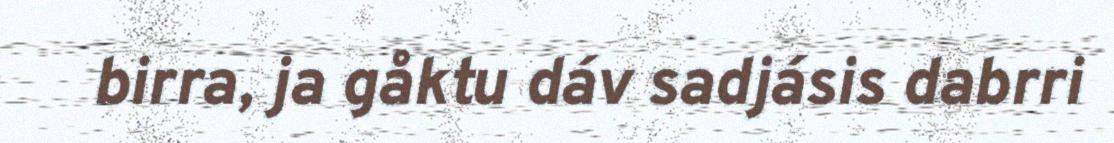
birra, ja gåktu dáv sadjásis dabrri